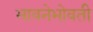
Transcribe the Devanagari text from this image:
भावनेभोवती